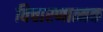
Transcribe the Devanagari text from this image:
विचारणात्मक